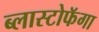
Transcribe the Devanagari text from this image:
ब्लास्टोफॅगा